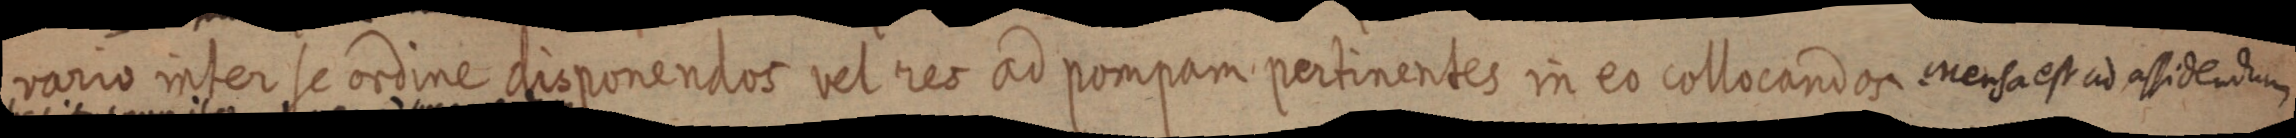
vario inser se oriine droponentios vel nres ad pompam pertinentes in eo collocandor cersaestia atidendum